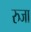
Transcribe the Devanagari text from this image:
रुजा